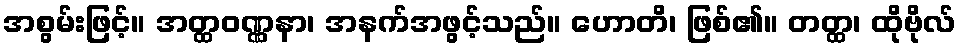
အစွမ်းဖြင့်။ အတ္ထဝဏ္ဏနာ၊ အနက်အဖွင့်သည်။ ဟောတိ၊ ဖြစ်၏။ တတ္ထ၊ ထိုဗိုလ်